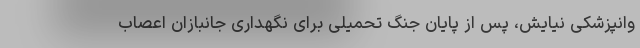
وانپزشکی نیایش، پس از پایان جنگ تحمیلی برای نگهداری جانبازان اعصاب